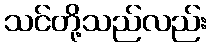
သင်တို့သည်လည်း